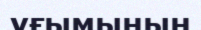
ұғымының